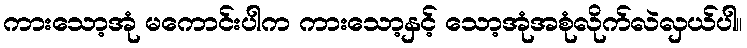
ကားသော့အုံ မကောင်းပါက ကားသော့နှင့် သော့အုံအစုံလိုက်လဲလှယ်ပါ။